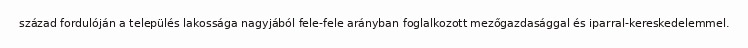
század fordulóján a település lakossága nagyjából fele-fele arányban foglalkozott mezőgazdasággal és iparral-kereskedelemmel.